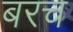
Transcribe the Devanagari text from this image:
बरच